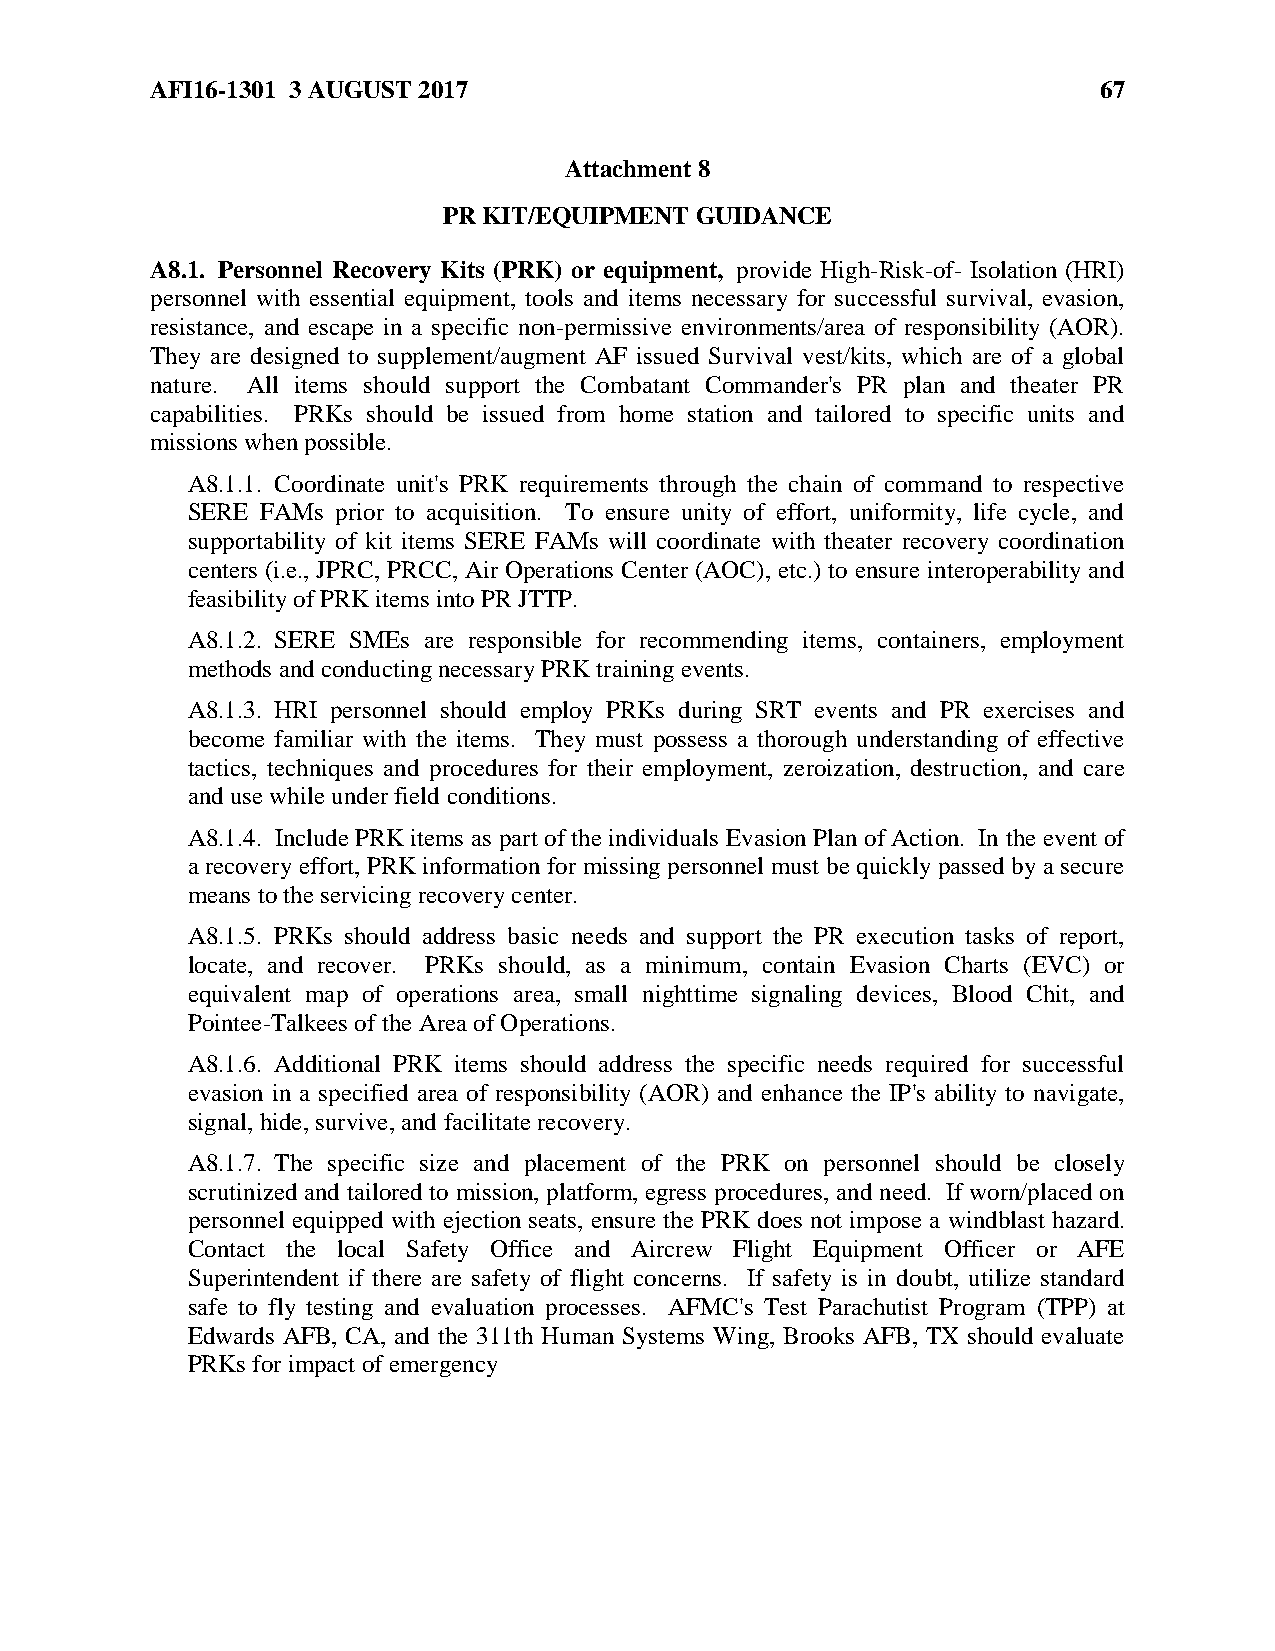
AFI16-1301 3 AUGUST 2017                                       67
 Attachment 8
 PR KIT/EQUIPMENT GUIDANCE
 A8.1. Personnel Recovery Kits (PRK) or equipment, provide High-Risk-of- Isolation (HRI)
 personnel with essential equipment, tools and items necessary for successful survival, evasion,
 resistance, and escape in a specific non-permissive environments/area of responsibility (AOR).
 They are designed to supplement/augment AF issued Survival vest/kits, which are of a global
 nature. All items should support the Combatant Commander's PR plan and theater PR
 capabilities. PRKs should be issued from home station and tailored to specific units and
 missions when possible.
 A8.1.1. Coordinate unit's PRK requirements through the chain of command to respective
 SERE FAMs prior to acquisition. To ensure unity of effort, uniformity, life cycle, and
 supportability of kit items SERE FAMs will coordinate with theater recovery coordination
 centers (i.e., JPRC, PRCC, Air Operations Center (AOC), etc.) to ensure interoperability and
 feasibility of PRK items into PR JTTP.
 A8.1.2. SERE SMEs are responsible for recommending items, containers, employment
 methods and conducting necessary PRK training events.
 A8.1.3. HRI personnel should employ PRKs during SRT events and PR exercises and
 become familiar with the items. They must possess a thorough understanding of effective
 tactics, techniques and procedures for their employment, zeroization, destruction, and care
 and use while under field conditions.
 A8.1.4. Include PRK items as part of the individuals Evasion Plan of Action. In the event of
 a recovery effort, PRK information for missing personnel must be quickly passed by a secure
 means to the servicing recovery center.
 A8.1.5. PRKs should address basic needs and support the PR execution tasks of report,
 locate, and recover. PRKs should, as a minimum, contain Evasion Charts (EVC) or
 equivalent map of operations area, small nighttime signaling devices, Blood Chit, and
 Pointee-Talkees of the Area of Operations.
 A8.1.6. Additional PRK items should address the specific needs required for successful
 evasion in a specified area of responsibility (AOR) and enhance the IP's ability to navigate,
 signal, hide, survive, and facilitate recovery.
 A8.1.7. The specific size and placement of the PRK on personnel should be closely
 scrutinized and tailored to mission, platform, egress procedures, and need. If worn/placed on
 personnel equipped with ejection seats, ensure the PRK does not impose a windblast hazard.
 Contact the local Safety Office and Aircrew Flight Equipment Officer or AFE
 Superintendent if there are safety of flight concerns. If safety is in doubt, utilize standard
 safe to fly testing and evaluation processes. AFMC's Test Parachutist Program (TPP) at
 Edwards AFB, CA, and the 311th Human Systems Wing, Brooks AFB, TX should evaluate
 PRKs for impact of emergency